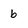
Character: b